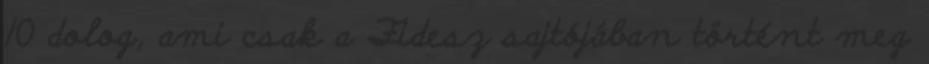
10 dolog, ami csak a Fidesz sajtójában történt meg